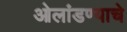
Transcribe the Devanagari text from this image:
ओलांडण्याचे